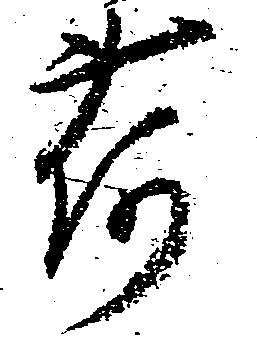
荷